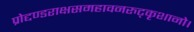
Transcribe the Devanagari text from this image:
प्रोद्दण्डराक्षसमहावनरुट्कृशानो।